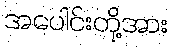
အပေါင်းတို့အား